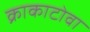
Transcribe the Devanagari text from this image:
क्राकाटोवा